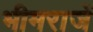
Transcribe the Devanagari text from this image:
भीमराजें